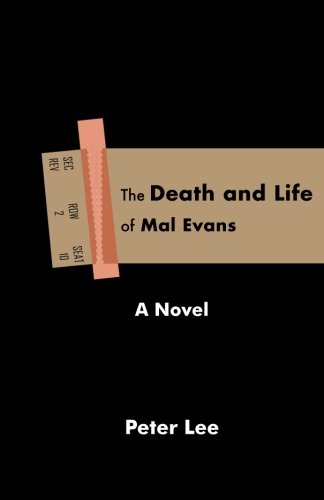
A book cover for The Death and Life of Mal Evans: A Novel; Peter Lee; Science Fiction & Fantasy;